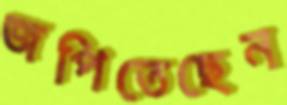
জপিতেছেন